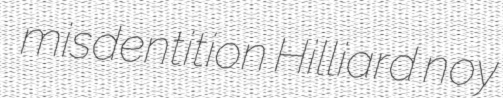
misdentition Hilliard noy